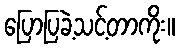
ပြောပြခဲ့သင့်တာကိုး။